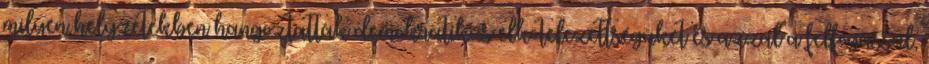
milyen helyzetekben hangoztatták demokratikus elkötelezettségüket és azzal a felfogással,